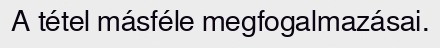
A tétel másféle megfogalmazásai.